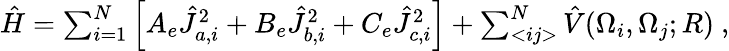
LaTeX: \begin{array}{r}{\hat{H}=\sum_{i=1}^{N}\left[A_{e}\hat{J}_{a,i}^{2}+B_{e}\hat{J}_{b,i}^{2}+C_{e}\hat{J}_{c,i}^{2}\right]+\sum_{<ij>}^{N}\hat{V}(\Omega_{i},\Omega_{j};R)~,}\end{array}